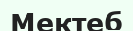
Мектеб